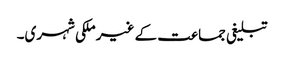
تبلیغی جماعت کے غیر ملکی شہری۔